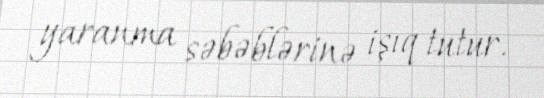
yaranma səbəblərinə işıq tutur.